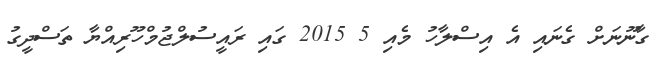
ގާނޫނަށް ގެނައި އެ އިސްލާހު މެއި 5 2015 ގައި ރައީސުލްޖުމްހޫރިއްޔާ ތަސްދީގު